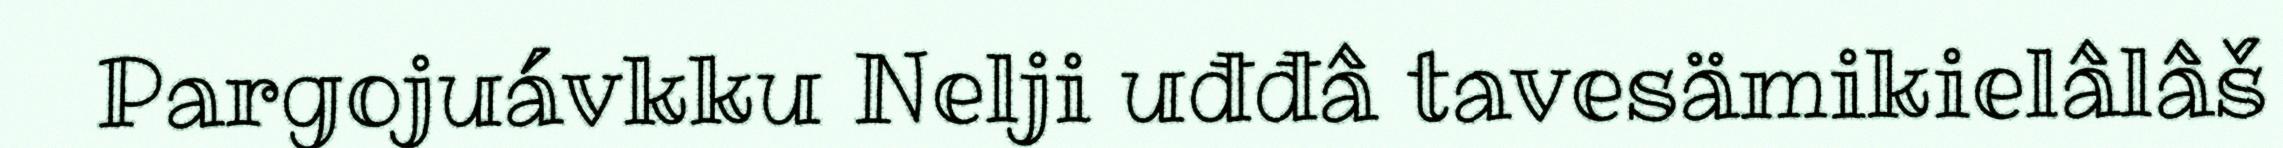
Pargojuávkku Nelji uđđâ tavesämikielâlâš